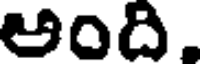
అంది.